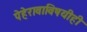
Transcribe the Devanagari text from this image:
पेहेरावाविषयीही